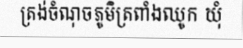
ត្រង់ចំណុចភូមិត្រពាំងឈូក ឃុំ